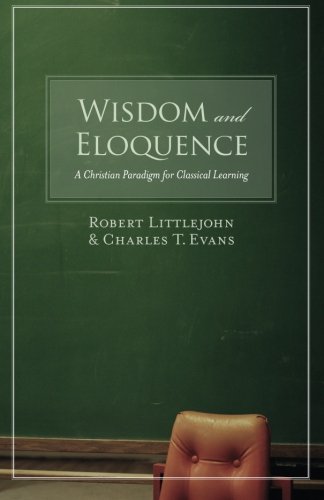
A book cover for Wisdom and Eloquence: A Christian Paradigm for Classical Learning; Robert Littlejohn; Christian Books & Bibles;